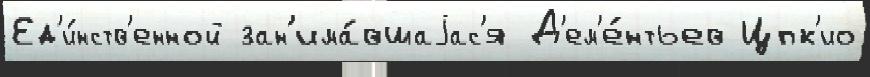
Ед'и́нств'енной зан'има́вшаjас'я Д'ем'е́нтьев Цпк'ио